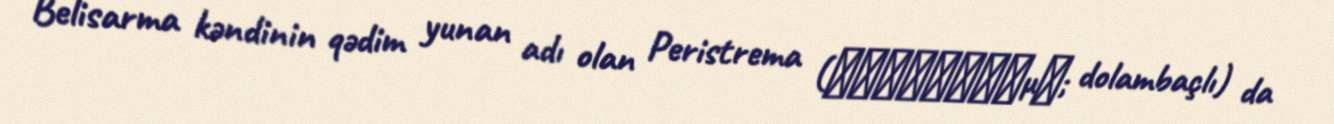
Belisarma kəndinin qədim yunan adı olan Peristrema (Περιστρημα; dolambaçlı) da